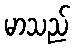
မာသည်